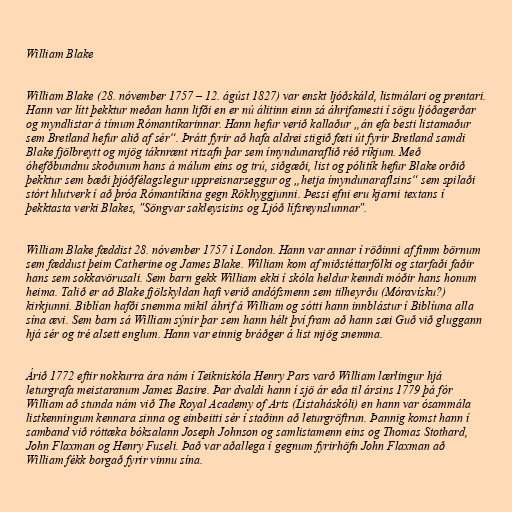
William Blake

William Blake (28. nóvember 1757 – 12. ágúst 1827) var enskt ljóðskáld, listmálari og prentari.
Hann var lítt þekktur meðan hann lifði en er nú álitinn einn sá áhrifamesti í sögu ljóðagerðar
og myndlistar á tímum Rómantíkarinnar. Hann hefur verið kallaður „án efa besti listamaður
sem Bretland hefur alið af sér“. Þrátt fyrir að hafa aldrei stigið fæti út fyrir Bretland samdi
Blake fjölbreytt og mjög táknrænt ritsafn þar sem ímyndunaraflið réð ríkjum. Með
óhefðbundnu skoðunum hans á málum eins og trú, siðgæði, list og pólitík hefur Blake orðið
þekktur sem bæði þjóðfélagslegur uppreisnarseggur og „hetja ímyndunaraflsins“ sem spilaði
stórt hlutverk í að þróa Rómantíkina gegn Rökhyggjunni. Þessi efni eru kjarni textans í
þekktasta verki Blakes, "Söngvar sakleysisins og Ljóð lífsreynslunnar".

William Blake fæddist 28. nóvember 1757 í London. Hann var annar í röðinni af fimm börnum
sem fæddust þeim Catherine og James Blake. William kom af miðstéttarfólki og starfaði faðir
hans sem sokkavörusali. Sem barn gekk William ekki í skóla heldur kenndi móðir hans honum
heima. Talið er að Blake fjölskyldan hafi verið andófsmenn sem tilheyrðu (Móravísku?)
kirkjunni. Biblían hafði snemma mikil áhrif á William og sótti hann innblástur í Biblíuna alla
sína ævi. Sem barn sá William sýnir þar sem hann hélt því fram að hann sæi Guð við gluggann
hjá sér og tré alsett englum. Hann var einnig bráðger á list mjög snemma.

Árið 1772 eftir nokkurra ára nám í Teikniskóla Henry Pars varð William lærlingur hjá
leturgrafa meistaranum James Basire. Þar dvaldi hann í sjö ár eða til ársins 1779 þá fór
William að stunda nám við The Royal Academy of Arts (Listaháskóli) en hann var ósammála
listkenningum kennara sinna og einbeitti sér í staðinn að leturgröftrun. Þannig komst hann í
samband við róttæka bóksalann Joseph Johnson og samlistamenn eins og Thomas Stothard,
John Flaxman og Henry Fuseli. Það var aðallega í gegnum fyrirhöfn John Flaxman að
William fékk borgað fyrir vinnu sína.